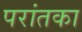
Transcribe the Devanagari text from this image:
परांतका